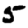
Digit: 5